Morphology and life history of Herpetomonas culicis, Novy, MacNeal and Torrey - Number 57
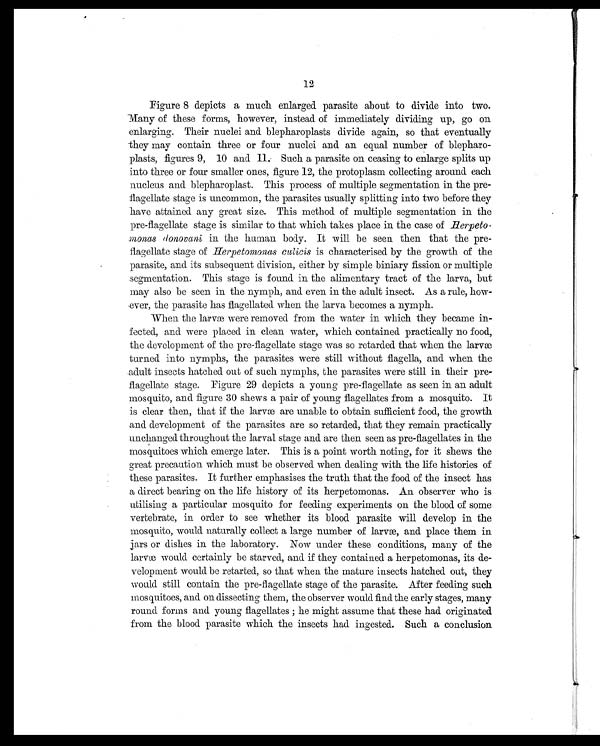
12
Figure 8 depicts a much enlarged parasite about to divide into two.
Many of these forms, however, instead of immediately dividing up, go on
enlarging. Their nuclei and blepharoplasts divide again, so that eventually
they may contain three or four nuclei and an equal number of blepharo-
plasts, figures 9, 10 and 11. Such a parasite on ceasing to enlarge splits up
into three or four smaller ones, figure 12, the protoplasm collecting around each
nucleus and blepharoplast. This process of multiple segmentation in the pre-
flagellate stage is uncommon, the parasites usually splitting into two before they
have attained any great size. This method of multiple segmentation in the
pre-flagellate stage is similar to that which takes place in the case of Herpeto
monas donovani in the human body. It will be seen then that the pre-
flagellate stage of Herpetomonas culicis is characterised by the growth of the
parasite, and its subsequent division, either by simple biniary fission or multiple
segmentation. This stage is found in the alimentary tract of the larva, but
may also be seen in the nymph, and even in the adult insect. As a rule, how-
ever, the parasite has flagellated when the larva becomes a nymph.
When the larvæ were removed from the water in which they became in-
fected, and were placed in clean water, which contained practically no food,
the development of the pre-flagellate stage was so retarded that when the larvæ
turned into nymphs, the parasites were still without flagella, and when the
adult insects hatched out of such nymphs, the parasites were still in their pre-
flagellate stage. Figure 29 depicts a young pre-flagellate as seen in an adult
mosquito, and figure 30 shows a pair of young flagellates from a mosquito. It
is clear then, that if the larvæ are unable to obtain sufficient food, the growth
and development of the parasites are so retarded, that they remain practically
unchanged throughout the larval stage and are then seen as pre-flagellates in the
mosquitoes which emerge later. This is a point worth noting, for it shews the
great precaution which must be observed when dealing with the life histories of
these parasites. It further emphasises the truth that the food of the insect has
a direct bearing on the life history of its herpetomonas. An observer who is
utilising a particular mosquito for feeding experiments on the blood of some
vertebrate, in order to see whether its blood parasite will develop in the
mosquito, would naturally collect a large number of larvæ, and place them in
jars or dishes in the laboratory. Now under these conditions, many of the
larvæ would certainly be starved, and if they contained a herpetomonas, its de-
velopment would be retarted, so that when the mature insects hatched out, they
would still contain the pre-flagellate stage of the parasite. After feeding such
mosquitoes, and on dissecting them, the observer would find the early stages, many
round forms and. young flagellates ; he might assume that these had originated
from the blood parasite which the insects had ingested. Such a conclusion